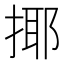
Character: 揶